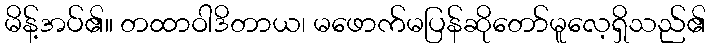
မိန့်အပ်၏။ တထာဝါဒိတာယ၊ မဖောက်မပြန်ဆိုတော်မူလေ့ရှိသည်၏